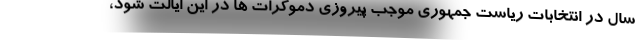
سال در انتخابات ریاست جمهوری موجب پیروزی دموکرات ها در این ایالت شود،